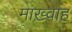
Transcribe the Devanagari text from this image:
माख़्वाह